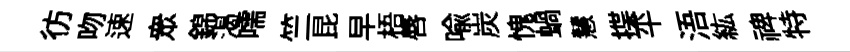
彷吻速衆錦渴嚅竺昆早梧唇喩炭愧蝸慧揲平浯紘禆特